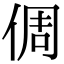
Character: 倜